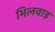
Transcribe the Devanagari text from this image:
भिलवाड़